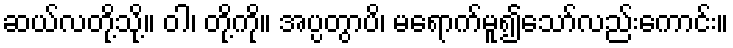
ဆယ်လတို့သို့။ ဝါ၊ တို့ကို။ အပ္ပတွာပိ၊ မရောက်မူ၍သော်လည်းကောင်း။